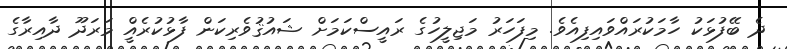
ދެ ބޭފުޅަކު ހާމަކުރައްވައިފިއެވެ. މިފަހަރު މަޖިލީހުގެ ރައީސްކަމަށް ޝައުޤުވެރިކަން ފާޅުކުރެއްީ މަރަދޫ ދާއިރާގެ